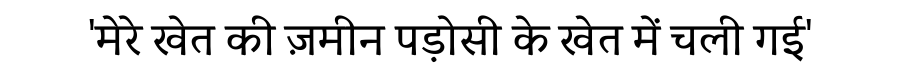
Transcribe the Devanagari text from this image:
'मेरे खेत की ज़मीन पड़ोसी के खेत में चली गई'